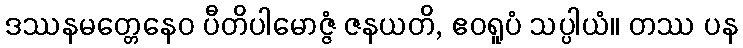
ဒဿနမတ္တေနေဝ ပီတိပါမောဇ္ဇံ ဇနယတိ, ဧဝရူပံ သပ္ပါယံ။ တဿ ပန